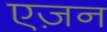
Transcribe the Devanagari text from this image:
एज़न